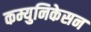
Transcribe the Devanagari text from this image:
कम्युनिकेसन